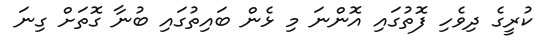
ކުރީގެ ދިވެހި ފޮތުގައި އޮންނަ މި ޅެން ބައިތުގައި ބުނާ ގޮތަށް ގިނަ